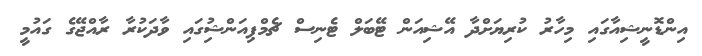
އިންޑޮނީޝިއާގައި މިހާރު ކުރިޔަށްދާ އޭޝިއަން ޓޭބަލް ޓެނިސް ޗެމްޕިއަންޝިުގައި ވާދަކުރާ ރާއްޖޭގެ ގައުމީ